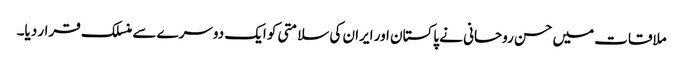
ملاقات میں حسن روحانی نے پاکستان اور ایران کی سلامتی کو ایک دوسرے سے منسلک قرار دیا۔